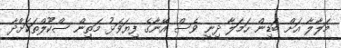
މަލާލާ އަށް ބަޑިން ހަމަލާ ދިނީ ވެސް އޭނާގެ ފިޔަވަޅު މަތިން ސްކޫލްތަކަށްދާ